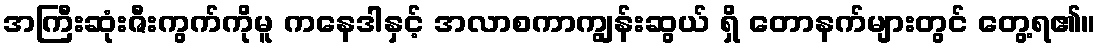
အကြီးဆုံးဇီးကွက်ကိုမူ ကနေဒါနှင့် အလာစကာကျွန်းဆွယ် ရှိ တောနက်များတွင် တွေ့ရ၏။